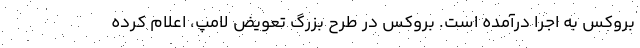
بروکس به اجرا درآمده است. بروکس در طرح بزرگ تعویض لامپ، اعلام کرده